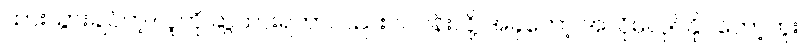
ထားသွားချင်တဲ့ လူကို ဆွဲထားရတာလည်းပင်ပန်းလို့ အခုတော့ အဲလိုမလုပ်နိုင်တော့ဘူး။